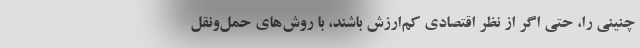
چنینی را، حتی اگر از نظر اقتصادی کم‌ارزش باشند، با روش‌های حمل‌ونقل